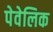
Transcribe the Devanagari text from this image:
पेवेलिक